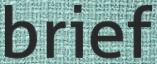
brief